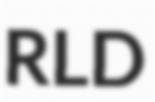
RLD